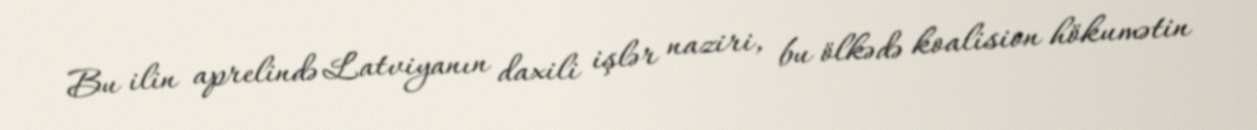
Bu ilin aprelində Latviyanın daxili işlər naziri, bu ölkədə koalision hökumətin